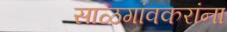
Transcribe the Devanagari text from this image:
साळगांवकरांना